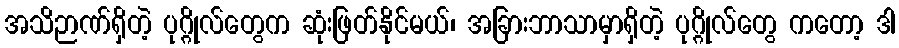
အသိဉာဏ်ရှိတဲ့ ပုဂ္ဂိုလ်တွေက ဆုံးဖြတ်နိုင်မယ်၊ အခြားဘာသာမှာရှိတဲ့ ပုဂ္ဂိုလ်တွေ ကတော့ ဒါ